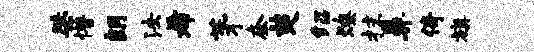
桀懵朗法希茅奈楚绍燎抹鼻倚旗